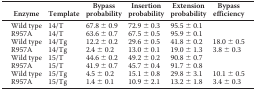
<table><thead><tr><td><b>Enzyme</b></td><td><b>Template</b></td><td><b>Bypass probability</b></td><td><b>Insertion probability</b></td><td><b>Extension probability</b></td><td><b>Bypass efficiency</b></td></tr></thead><tbody><tr><td>Wild type</td><td>14/T</td><td>67.8 ± 0.9</td><td>72.9 ± 0.3</td><td>95.5 ± 0.1</td><td></td></tr><tr><td>R957A</td><td>14/T</td><td>63.6 ± 0.7</td><td>67.5 ± 0.5</td><td>95.9 ± 0.1</td><td></td></tr><tr><td>Wild type</td><td>14/Tg</td><td>12.2 ± 0.2</td><td>29.6 ± 0.5</td><td>41.8 ± 0.2</td><td>18.0 ± 0.5</td></tr><tr><td>R957A</td><td>14/Tg</td><td>2.4 ± 0.2</td><td>13.0 ± 0.1</td><td>19.0 ± 1.3</td><td>3.8 ± 0.3</td></tr><tr><td>Wild type</td><td>15/T</td><td>44.6 ± 0.2</td><td>49.2 ± 0.2</td><td>90.8 ± 0.7</td><td></td></tr><tr><td>R957A</td><td>15/T</td><td>41.9 ± 0.7</td><td>45.7 ± 0.4</td><td>91.7 ± 0.8</td><td></td></tr><tr><td>Wild type</td><td>15/Tg</td><td>4.5 ± 0.2</td><td>15.1 ± 0.8</td><td>29.8 ± 3.1</td><td>10.1 ± 0.5</td></tr><tr><td>R957A</td><td>15/Tg</td><td>1.4 ± 0.1</td><td>10.9 ± 2.1</td><td>13.2 ± 1.8</td><td>3.4 ± 0.3</td></tr></tbody></table>